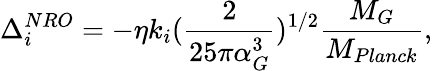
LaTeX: \Delta_{i}^{NRO}=-\eta k_{i}(\frac{2}{25\pi\alpha_{G}^{3}})^{1/2}\frac{M_{G}}{M_{Planck}},